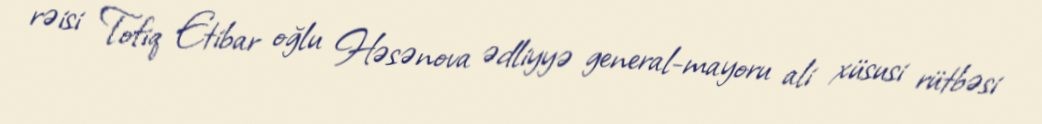
rəisi Tofiq Etibar oğlu Həsənova ədliyyə general-mayoru ali xüsusi rütbəsi